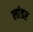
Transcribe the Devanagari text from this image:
लांडर